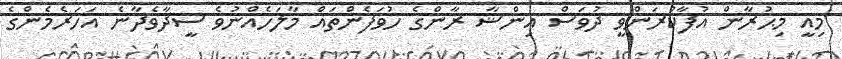
މިއީ މިޙުރާން އުފާކުރަންވީ ދުވަސް އިންޝާ ރާންގެ ހުވަފެންތައް މާލަހެއްނުވެ ސީދާވެދާނެ އަހަރެމެންގެ